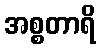
အစ္စတာရိ